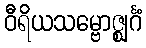
ဝီရိယသမ္ဗောဇ္ဈင်္ဂံ